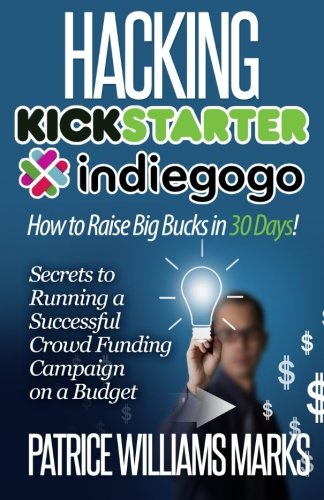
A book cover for Hacking Kickstarter, Indiegogo: How to Raise Big Bucks in 30 Days: Secrets to Running a Successful Crowd Funding Campaign on a Budget (Updated September 2015); Patrice Williams Marks; Business & Money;